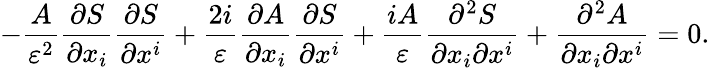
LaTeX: -{\frac{A}{\varepsilon^{2}}}{\frac{\partial S}{\partial x_{i}}}{\frac{\partial S}{\partial x^{i}}}+{\frac{2i}{\varepsilon}}{\frac{\partial A}{\partial x_{i}}}{\frac{\partial S}{\partial x^{i}}}+{\frac{iA}{\varepsilon}}{\frac{\partial^{2}S}{\partial x_{i}\partial x^{i}}}+{\frac{\partial^{2}A}{\partial x_{i}\partial x^{i}}}=0.